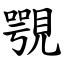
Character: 覨